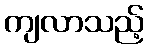
ကျလာသည့်